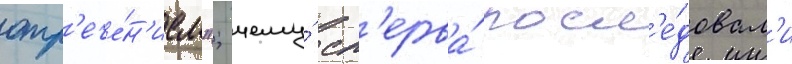
отр'ече́н'ием"; чему́ сп'ерва́ посл'е́довал'и